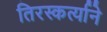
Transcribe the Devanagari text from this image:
तिरस्कर्त्याने